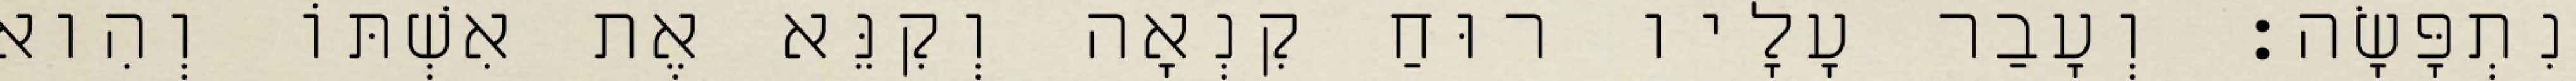
נִתְפָּשָׂה׃ וְעָבַר עָלָיו רוּחַ קִנְאָה וְקִנֵּא אֶת אִשְׁתּוֹ וְהִוא